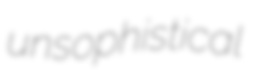
unsophistical